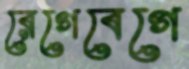
রেগেবেগে